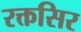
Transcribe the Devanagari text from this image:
रक्तसिर